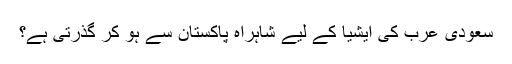
سعودی عرب کی ایشیا کے لیے شاہراہ پاکستان سے ہو کر گذرتی ہے؟